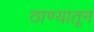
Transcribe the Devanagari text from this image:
ठाण्यातून